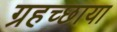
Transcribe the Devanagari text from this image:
ग्रहच्छाया